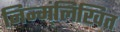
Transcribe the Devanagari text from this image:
निन्म्ंलिखित